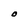
Character: O